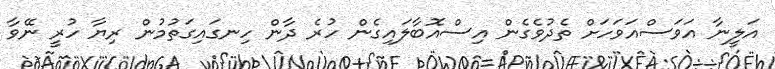
އަލީނާ އަވަސްއަވަހަށް ތެދުވެގެން އިސްއޮބާލައިގެން ހުރެ ދާން ހިނގައިގަތުމުން ރިޔާ ހުރީ ނޭވާ